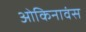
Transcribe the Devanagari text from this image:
ओकिनावंस